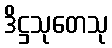
ဒိဋ္ဌသုတေသု